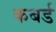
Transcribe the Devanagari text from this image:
कबर्ड